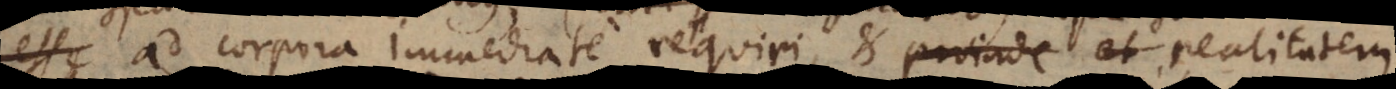
esse ad corpora immediate requiri, et proinde et realitatem